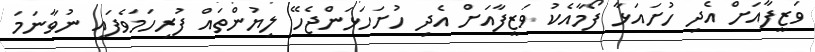
ވަޒީފާއަށް އެދި ހުށައަޅާ ފޯމާއެކު ވަޒީފާއަށް އެދި ހުށަހަޅަންޖެހޭ ލިޔުންތައް ފުރިހަމަވެފައި ނުވާނަމަ